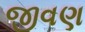
જીવણ